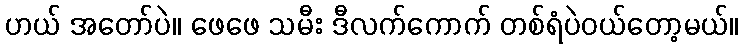
ဟယ် အတော်ပဲ။ ဖေဖေ သမီး ဒီလက်ကောက် တစ်ရံပဲဝယ်တော့မယ်။